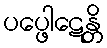
ပပ္ဖေါဋေန္တိ